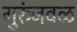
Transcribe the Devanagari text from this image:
गुरुंजवळ